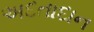
અદતાદાન